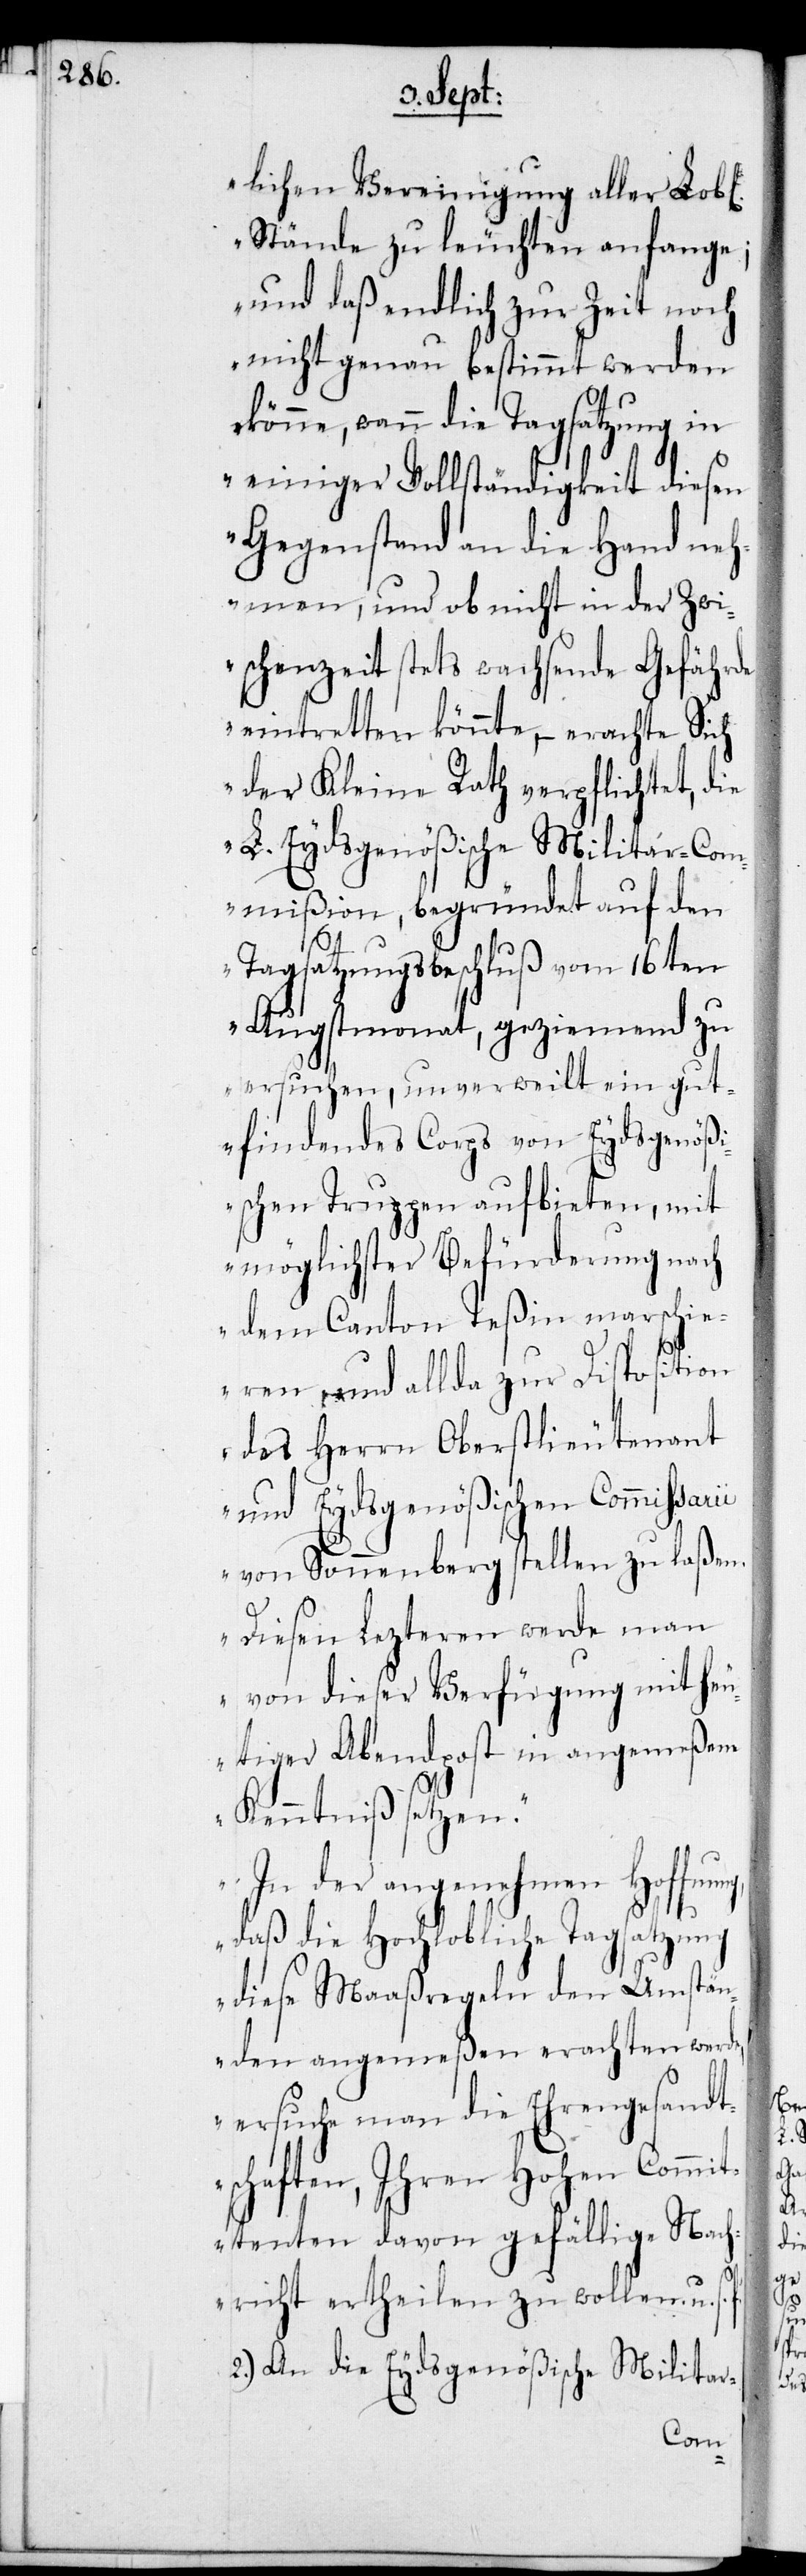
ng,

lichen Vereinigung aller lobL.
Stände zu leuchten anfange;
und daß endlich zur Zeit noch
nicht genau bestimmt werden
könne, wann die Tagsatzung in
einiger Vollständigkeit diesen
Gegenstand an die Hand neh¬
men, und ob nicht in der Zwi¬
schenzeit stets wachsende Gefährde
eintretten könnte, – erachte sich
der Kleine Rath verpflichtet, die
L. Eydsgenößischen Militar-Com¬
mißion, begründet auf den
Tagsatzungsbeschluß vom 16ten
Augstmonat, geziemend zu
ersuchen, unverweilt ein gut¬
findendes Korps von Eydsgenößi¬
schen Truppen aufbieten, mit
möglichster Befürderung nach
dem Canton Teßin marschie¬
ren und allda zur Disposition
des Herrn Oberstlieutenant
und Eydsgenößischen Kommißarii
von Sonnenberg stellen zu laßen.
Diesen lezteren werde man
von dieser Verfügung mit heu¬
tiger Abendpost in angemeßene
Kenntniß setzen.
In der angenehmen Hoffnu¬
daß die hochlobliche Tagsatzung
diese Maaßregeln den Umstän¬
den angemeßen erachten werde,
ersuche man die Ehrengesandt¬
schaften, ihren hohen Kommi¬
ttenten davon gefällige Nach¬
richt ertheilen zu wollen
2.) An die Eydsgenößischen Militar-